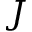
J